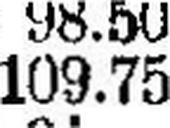
109.75